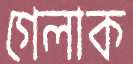
গেলাক